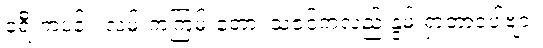
ခရီးကပန်း၊ လမ်းကကြမ်းတော့၊ သဇင်ကလည်းနွမ်းရှာတာပေါ့ဗျာ။